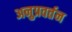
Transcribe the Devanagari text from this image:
अनुप्रवर्तन